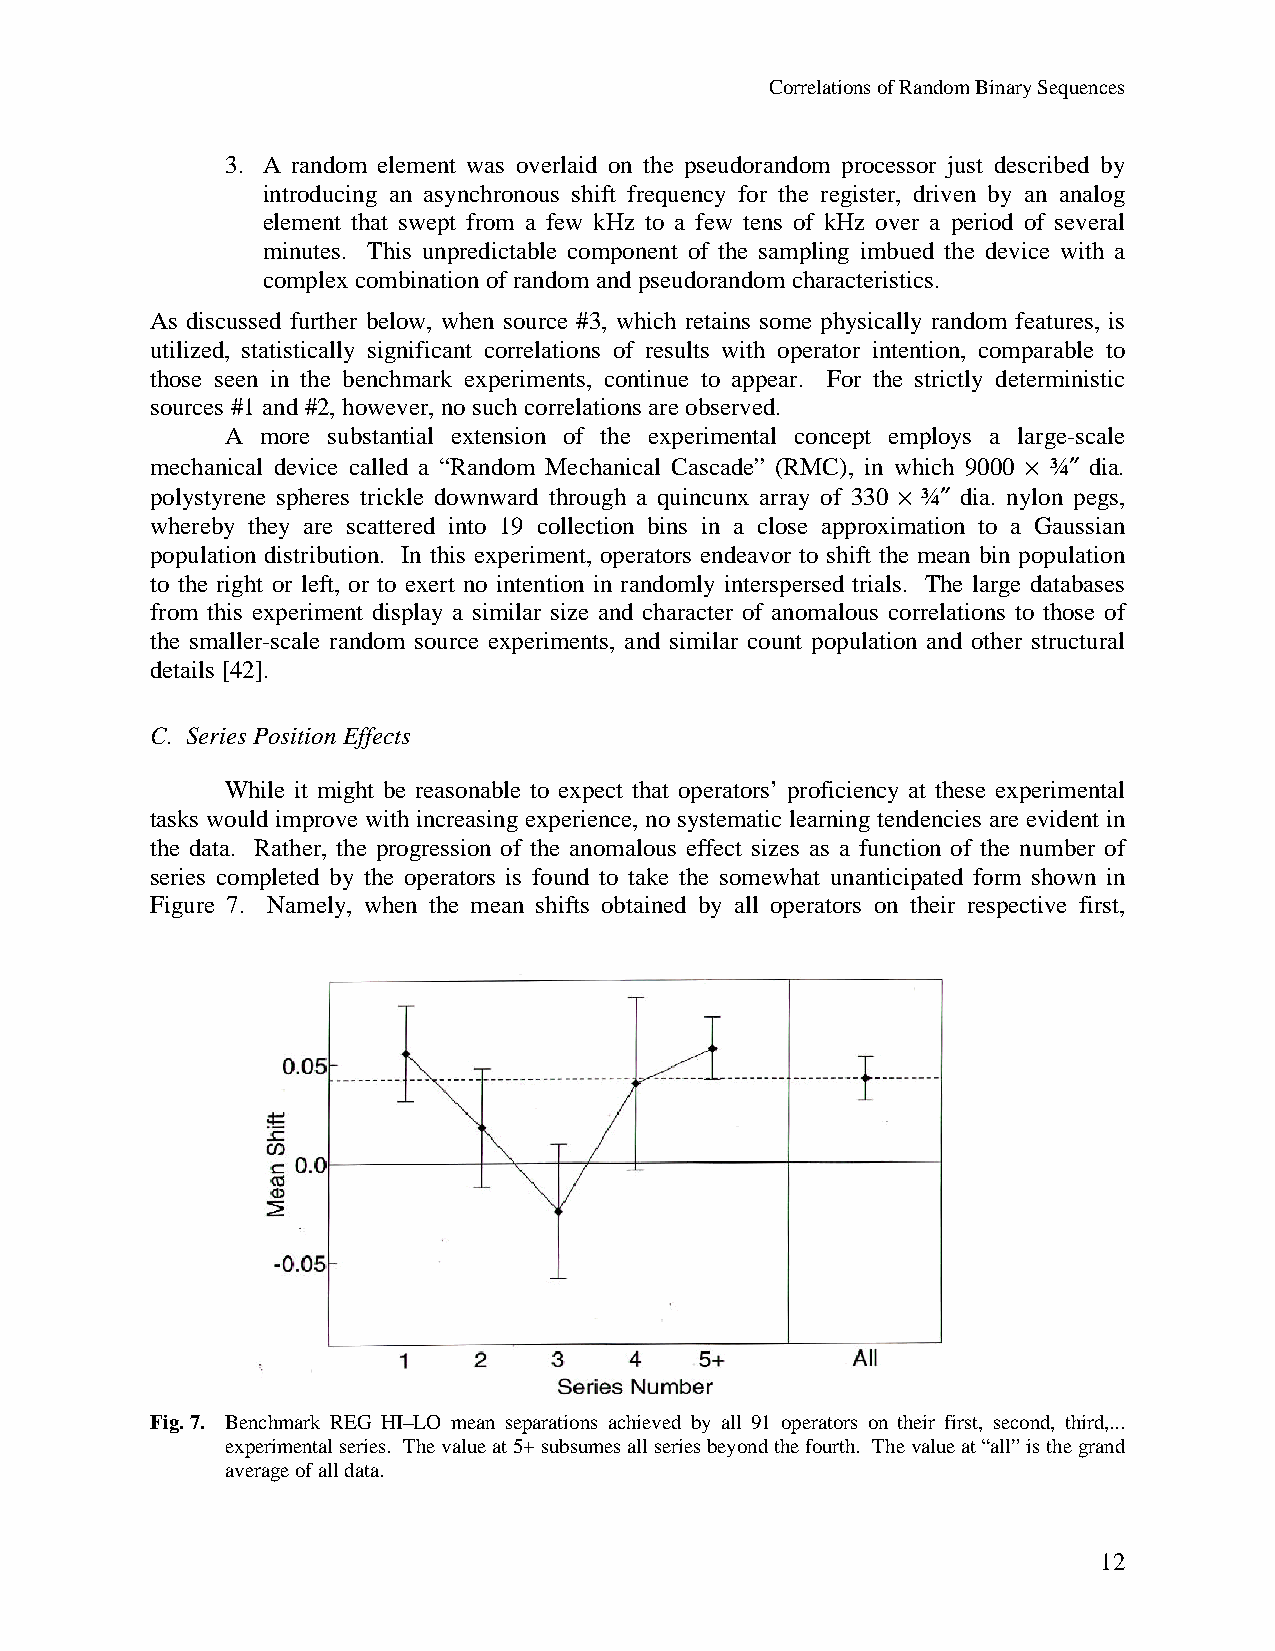
Correlations of Random Binary Sequences
 3. A random element was overlaid on the pseudorandom processor just described by
 introducing an asynchronous shift frequency for the register, driven by an analog
 element that swept from a few kHz to a few tens of kHz over a period of several
 minutes. This unpredictable component of the sampling imbued the device with a
 complex combination of random and pseudorandom characteristics.
 As discussed further below, when source #3, which retains some physically random features, is
 utilized, statistically significant correlations of results with operator intention, comparable to
 those seen in the benchmark experiments, continue to appear. For the strictly deterministic
 sources #1 and #2, however, no such correlations are observed.
 A more substantial extension of the experimental concept employs a large-scale
 mechanical device called a “Random Mechanical Cascade” (RMC), in which 9000 · ¾† dia.
 polystyrene spheres trickle downward through a quincunx array of 330 · ¾† dia. nylon pegs,
 whereby they are scattered into 19 collection bins in a close approximation to a Gaussian
 population distribution. In this experiment, operators endeavor to shift the mean bin population
 to the right or left, or to exert no intention in randomly interspersed trials. The large databases
 from this experiment display a similar size and character of anomalous correlations to those of
 the smaller-scale random source experiments, and similar count population and other structural
 details [42].
 C. Series Position Effects
 While it might be reasonable to expect that operators’ proficiency at these experimental
 tasks would improve with increasing experience, no systematic learning tendencies are evident in
 the data. Rather, the progression of the anomalous effect sizes as a function of the number of
 series completed by the operators is found to take the somewhat unanticipated form shown in
 Figure 7. Namely, when the mean shifts obtained by all operators on their respective first,
 Fig. 7. Benchmark REG HI–LO mean separations achieved by all 91 operators on their first, second, third,...
 experimental series. The value at 5+ subsumes all series beyond the fourth. The value at “all” is the grand
 average of all data.
 12